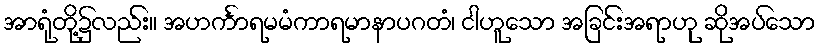
အာရုံတို့၌လည်း။ အဟင်္ကာရမမံကာရမာနာပဂတံ၊ ငါဟူသော အခြင်းအရာဟု ဆိုအပ်သော